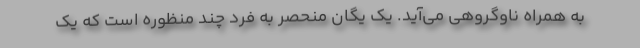
به همراه ناوگروهی می‌آید. یک یگان منحصر به فرد چند منظوره است که یک